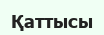
Қаттысы